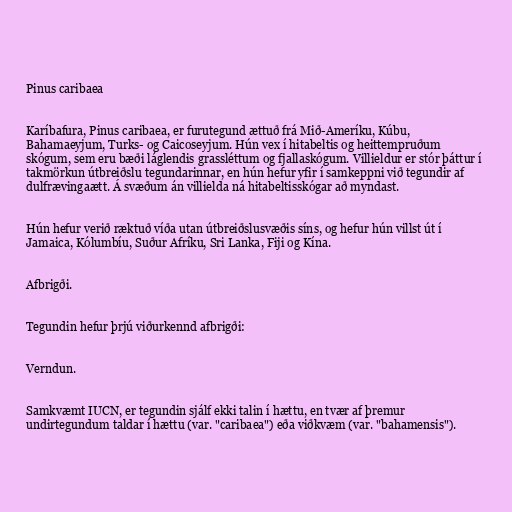
Pinus caribaea

Karíbafura, Pinus caribaea, er furutegund ættuð frá Mið-Ameríku, Kúbu,
Bahamaeyjum, Turks- og Caicoseyjum. Hún vex í hitabeltis og heittempruðum
skógum, sem eru bæði láglendis grassléttum og fjallaskógum. Villieldur er stór þáttur í
takmörkun útbreiðslu tegundarinnar, en hún hefur yfir í samkeppni við tegundir af
dulfrævingaætt. Á svæðum án villielda ná hitabeltisskógar að myndast.

Hún hefur verið ræktuð víða utan útbreiðslusvæðis síns, og hefur hún villst út í
Jamaica, Kólumbíu, Suður Afríku, Sri Lanka, Fiji og Kína.

Afbrigði.

Tegundin hefur þrjú viðurkennd afbrigði:

Verndun.

Samkvæmt IUCN, er tegundin sjálf ekki talin í hættu, en tvær af þremur
undirtegundum taldar í hættu (var. "caribaea") eða viðkvæm (var. "bahamensis").